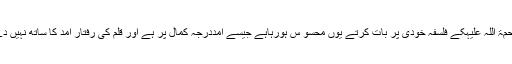
اقبال رحمۃ اللہ علیہکے فلسفہ خودی پر بات کرتے یوں محسو س ہورہاہے جیسے آمددرجہ کمال پر ہے اور قلم کی رفتار آمد کا ساتھ نہیں دے رہی۔